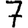
Digit: 7